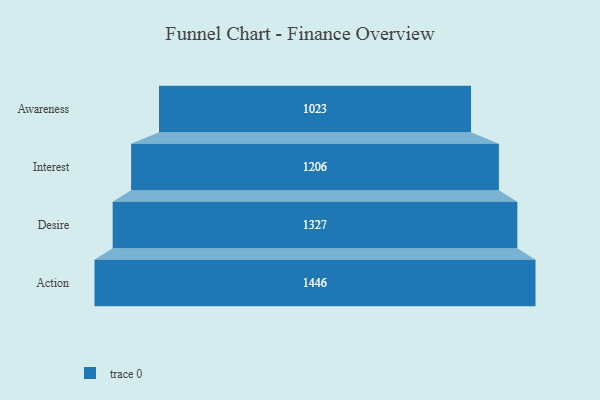
{"axis": {"x": "Stage", "y": "Value"}, "legend": [""], "data": [{"x": "Awareness", "y": 1023.0, "type": ""}, {"x": "Interest", "y": 1206.0, "type": ""}, {"x": "Desire", "y": 1327.0, "type": ""}, {"x": "Action", "y": 1446.0, "type": ""}]}